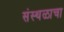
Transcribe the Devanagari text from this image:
संस्थळाचा